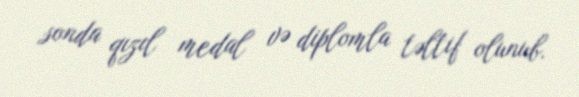
sonda qızıl medal və diplomla təltif olunub.